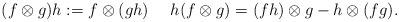
LaTeX: \begin{align*}(f\otimes g)h:=f\otimes (gh)\ \ \ \ h(f\otimes g)=(fh)\otimes g - h\otimes (fg).\end{align*}